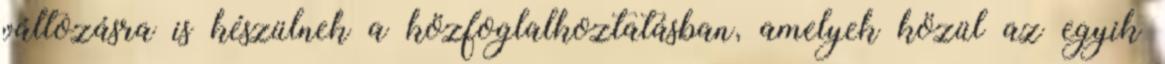
változásra is készülnek a közfoglalkoztatásban, amelyek közül az egyik